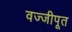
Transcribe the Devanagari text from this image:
वज्जीपूत